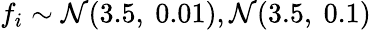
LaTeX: f_{i}\sim{\cal N}(3.5,\ 0.01),{\cal N}(3.5,\ 0.1)